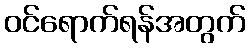
ဝင်ရောက်ရန်အတွက်